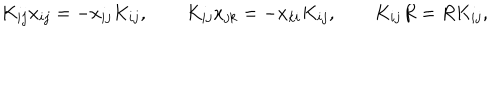
K _ { i j } x _ { i j } = - x _ { i j } K _ { i j } , \qquad K _ { i j } x _ { j k } = - x _ { k i } K _ { i j } , \qquad K _ { i j } R = R K _ { i j } ,